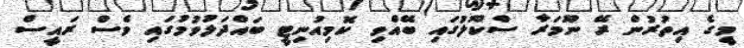
މީގެ އިތުރުން ރޭ ނޫމަރާ ސްކޫލުގައި ބޭއްވި ކޮމިއުނިޓީ ބައްދަލުވުމުގައި ވެސް ރައީސް